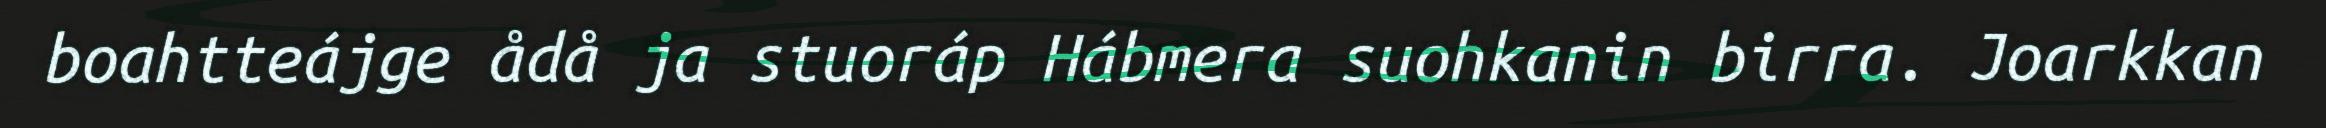
boahtteájge ådå ja stuoráp Hábmera suohkanin birra. Joarkkan